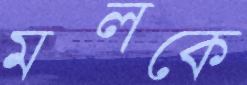
মলকে